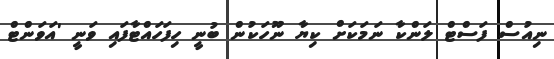
ނިއުސް ފަސްޓް ލަންކާ ނަމަކަށް ކިޔާ ނޫހަކުން ބުނީ ހިފަހައްޓާފައި ވަނީ 'އަވަންޓް